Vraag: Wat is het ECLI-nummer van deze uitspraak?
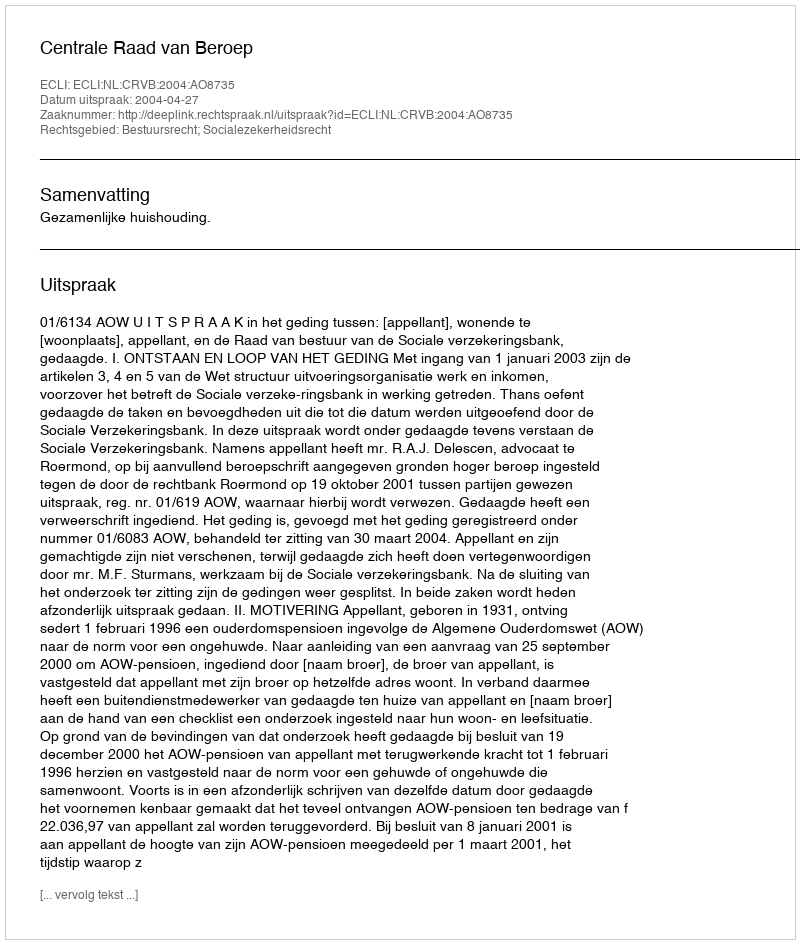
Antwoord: ECLI:NL:CRVB:2004:AO8735